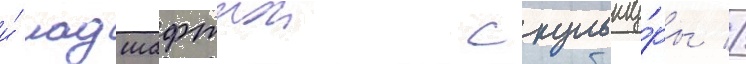
и́ ландшафтнои скульпту́ры //